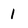
Character: 1